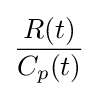
{R(t) \over C_{p}(t)}